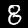
Digit: 8